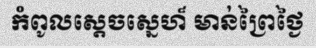
កំពូលស្តេចស្នេហ៏ មាន់ព្រៃថ្ងៃ